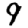
Digit: 9